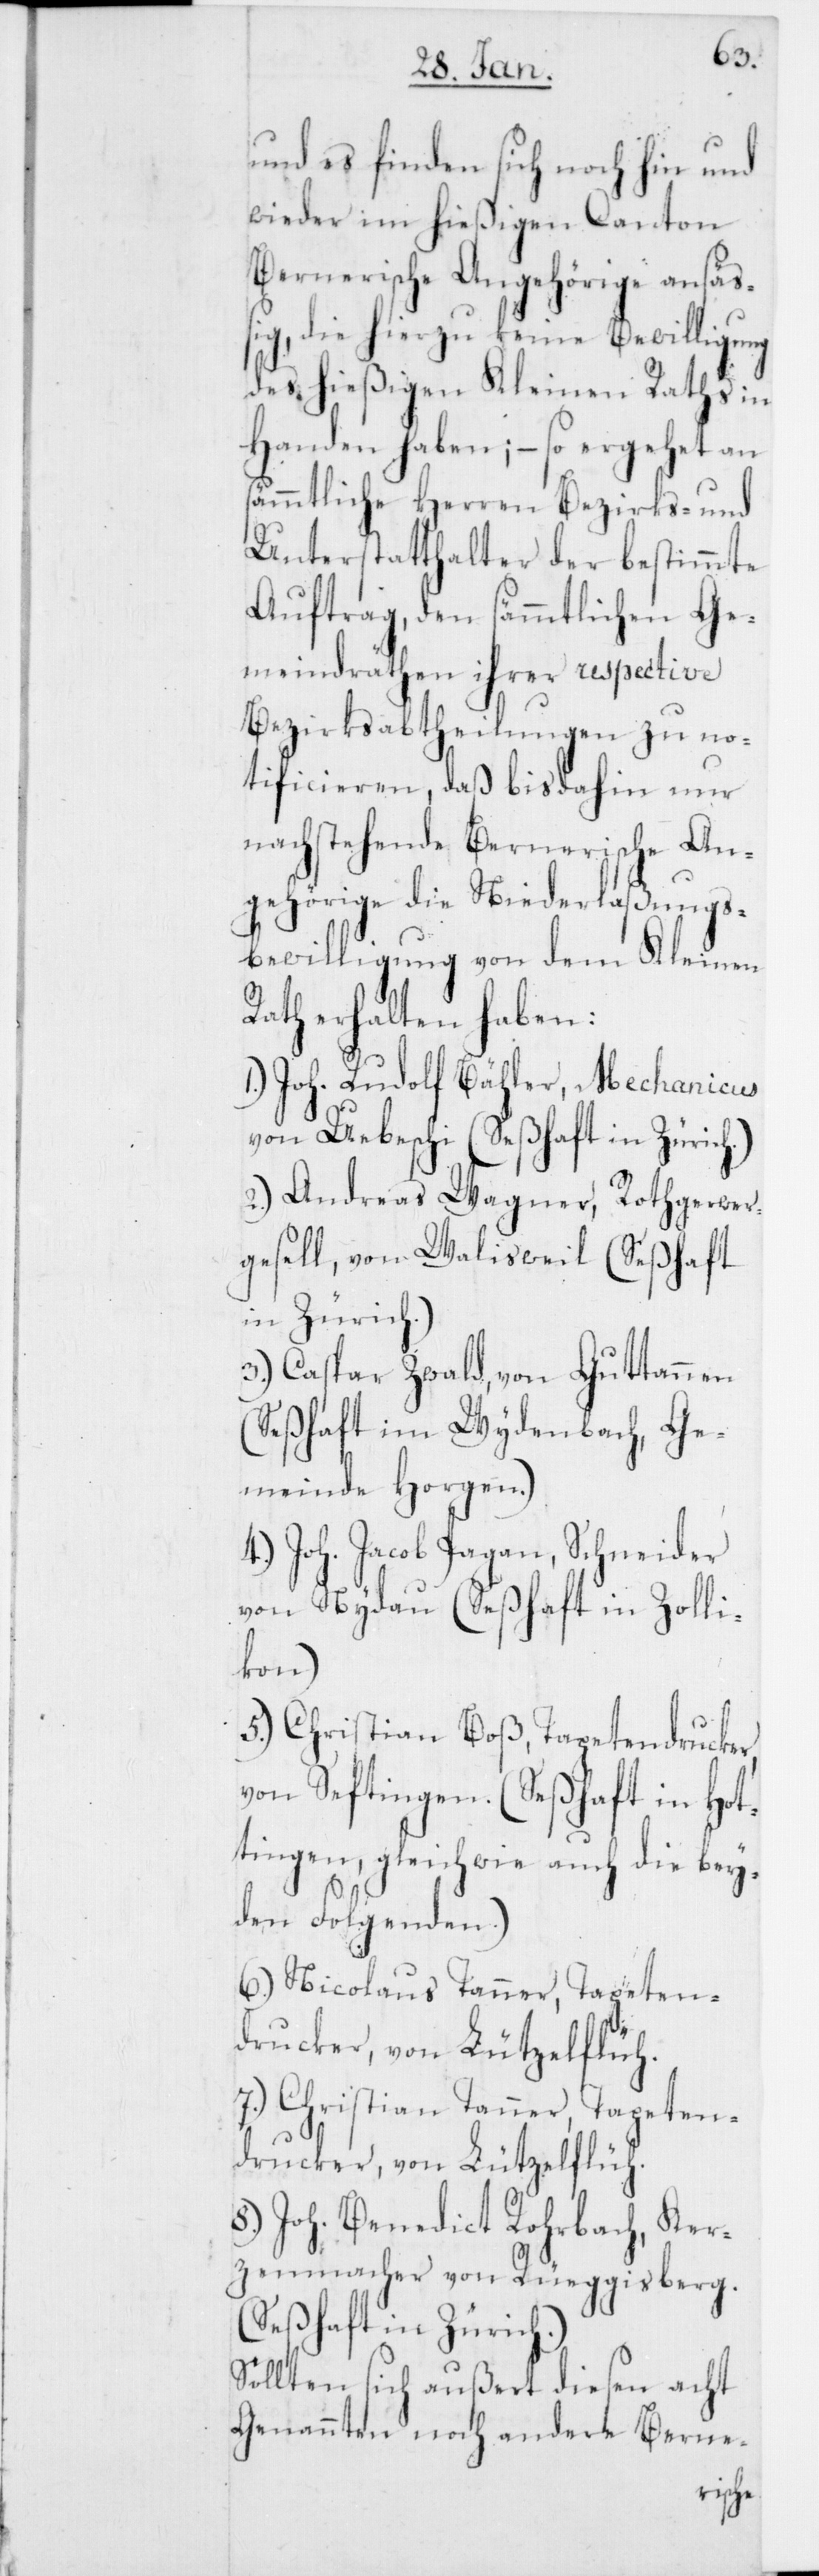
h.)
und es finden sich noch hin und
wieder im hießigen Canton
Bernerische Angehörige ansäß¬
ig, die hierzu keine Bewilligung
des hießigen Kleinen Raths in
Handen haben; – so ergehet an
sämmtliche Herren Bezirks- und
Unterstatthalter der bestimmte
Auftrag, den sämmtlichen Ge¬
meindräthen ihrer respective
Bezirksabtheilungen zu no¬
tificieren, daß bis dahin nur
nachstehende Bernerische An¬
gehörige die Niederlaßungs¬
bewilligung von dem Kleinen
Rath erhalten haben:
1.) Joh. Rudolf Bähler, Mechanicus,
von Ueberschi (Seßhaft in Züric¬
2.) Andreas Wagner, Rothgerwer¬
gesell, von Walisweil (Seßhaft
in Zürich.)
3.) Caspar Zwald, von Guttannen
(Seßhaft im Wydenbach, Ge¬
meinde Horgen.)
4.) Joh. Jacob Pagan, Schneider
von Nydau (Seßhaft in Zolli¬
kon)
5.) Christian Boß, Tapetendrucker,
von Seftigen. (Seßhaft in Hot¬
tingen, gleichwie auch die bey¬
den Folgenden.)
6.) Nicolaus Tanner, Tapeten¬
drucker, von Lützelflüh.
7.) Christian Tanner, Tapeten¬
drucker, von Lützelflüh.
8.) Joh. Benedict Rohrbach, Ker¬
zenmacher von Rüeggisberg.
(Seßhaft in Zürich.)
Sollten sich außer diesen acht
Genannten noch andere Berne-